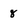
Character: 8